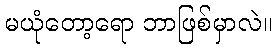
မယုံတော့ရော ဘာဖြစ်မှာလဲ။